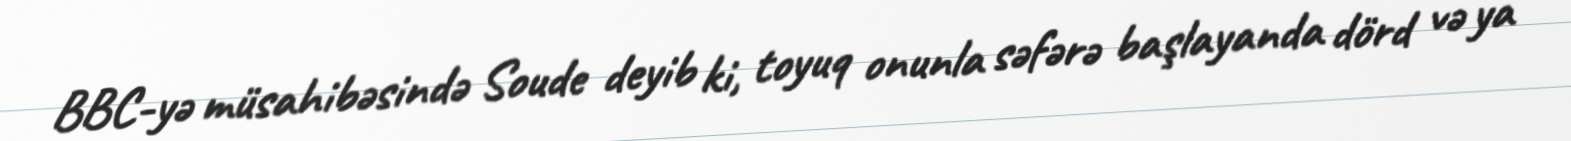
BBC-yə müsahibəsində Soude deyib ki, toyuq onunla səfərə başlayanda dörd və ya